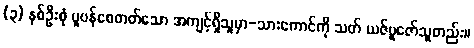
(၃) နှစ်ဦးစုံ ပူပန်စေတတ်သော အကျင့်ရှိသူမှာ-သားကောင်ကို သတ် ယဇ်ပူဇော်သူတည်း။